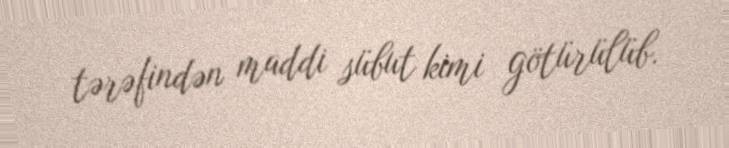
tərəfindən maddi sübut kimi götürülüb.